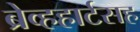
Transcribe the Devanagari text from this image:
ब्रेव्हहार्टसह